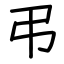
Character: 弔